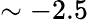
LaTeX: \sim-2.5